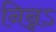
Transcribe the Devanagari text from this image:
निन्नऽ